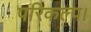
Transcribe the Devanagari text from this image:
परिकल्प।